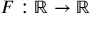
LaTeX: F : \mathbb { R } \to \mathbb { R }